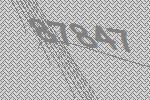
87847